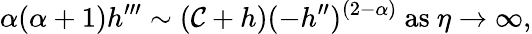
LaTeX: \alpha(\alpha+1)h^{\prime\prime\prime}\sim(\mathcal{C}+h)(-h^{\prime\prime})^{(2-\alpha)}~\textrm{{as}}\ \eta\to\infty,